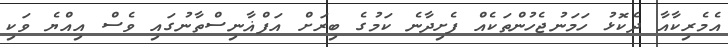
އެމެރިކާއާ ދެކޮޅު ހަމަނުޖެހުންތަކެއް ފެށިދާނެ ކަމުގެ ބިރަށް އަފްޣާނިސްތާނުގައި ވެސް އިއްޔެ ވަކި